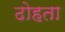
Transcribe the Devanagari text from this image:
ढोहता